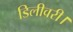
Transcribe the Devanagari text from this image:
डिलीवरी।